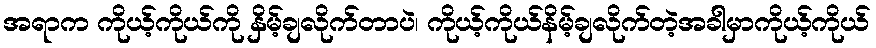
အရာက ကိုယ့်ကိုယ်ကို နှိမ့်ချလိုက်တာပဲ၊ ကိုယ့်ကိုယ်နိမ့်ချလိုက်တဲ့အခါမှာကိုယ့်ကိုယ်